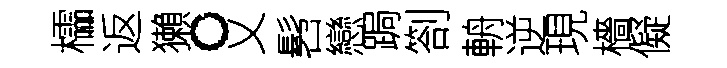
櫺返獺。乂髫戀跼劄輈逆現檣儗